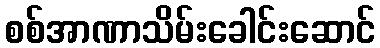
စစ်အာဏာသိမ်းခေါင်းဆောင်